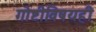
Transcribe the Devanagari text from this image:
गोष्टीविषयही